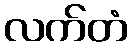
လက်တံ